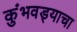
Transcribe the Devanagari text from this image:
कुंभवड्याचा